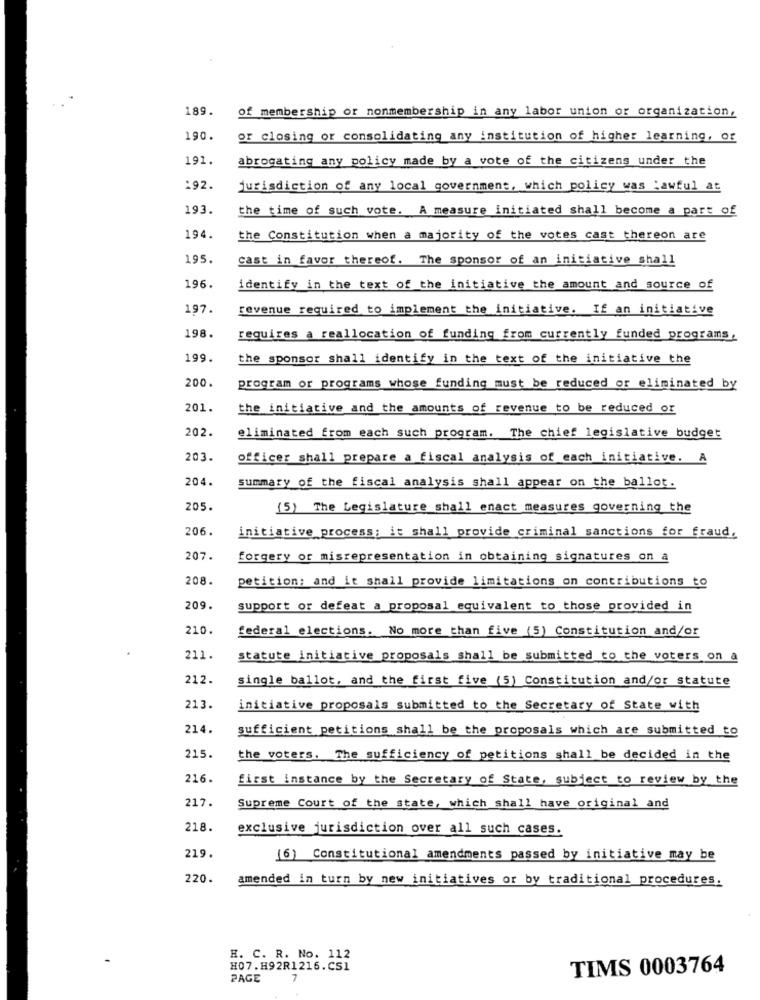
189.
of membership or nonmembership in any labor union or organization,
190.
or closing or consolidating any institution of higher learning, or
191.
abrogating any policy made by a vote of the citizens under the
192.
jurisdiction of any local government, which policy was lawful at
193.
the time of such vote. A measure initiated shall become a part of
194.
the Constitution when a majority of the votes cast thereon are
195.
cast in favor thereof. The sponsor of an initiative shall
196.
identify in the text of the initiative the amount and source of
197.
revenue required to implement the initiative. If an initiative
198.
requires a reallocation of funding from currently funded programs,
199.
the sponsor shall identify in the text of the initiative the
200.
program or programs whose funding must be reduced or eliminated by
201.
the initiative and the amounts of revenue to be reduced or
202.
eliminated from each such program. The chief legislative budget
203.
officer shall prepare a fiscal analysis of each initiative. A
204.
summary of the fiscal analysis shall appear on the ballot.
205.
(5) The Legislature shall enact measures governing the
206.
initiative process; it shall provide criminal sanctions for fraud,
207.
forgery or misrepresentation in obtaining signatures on a
208.
petition; and it shall provide limitations on contributions to
209.
support or defeat a proposal equivalent to those provided in
210.
federal elections. No more than five (5) Constitution and/or
211.
statute initiative proposals shall be submitted to the voters on a
212-
single ballot, and the first five (5) Constitution and/or statute
213.
initiative proposals submitted to the Secretary of State with
214.
sufficient petitions shall be the proposals which are submitted to
215.
the voters. The sufficiency of petitions shall be decided in the
216.
first instance by the Secretary of State, subject to review by the
217.
Supreme Court of the state, which shall have original and
218.
exclusive jurisdiction over all such cases.
219.
(6) Constitutional amendments passed by initiative may be
220.
amended in turn by new initiatives or by traditional procedures.
H. C. R. No. 112
H07.H92R1216.CS1
TIMS 0003764
PAGE
7